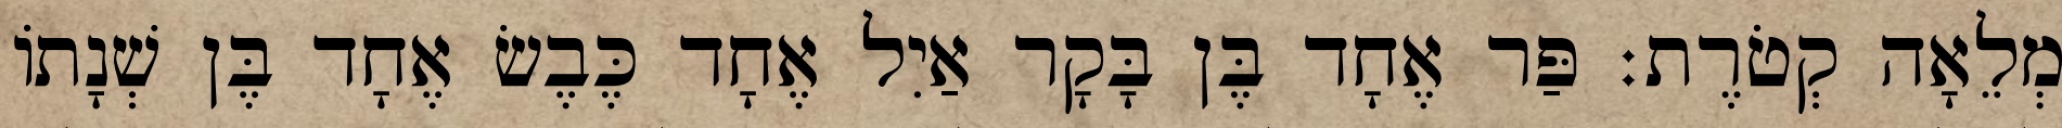
מְלֵאָה קְטֹרֶת׃ פַּר אֶחָד בֶּן בָּקָר אַיִל אֶחָד כֶּבֶשׂ אֶחָד בֶּן שְׁנָתוֹ